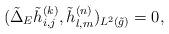
LaTeX: \begin{align*} (\tilde{\Delta}_E\tilde{h}_{i,j}^{(k)},\tilde{h}_{l,m}^{(n)})_{L^2(\tilde{g})}=0, \end{align*}